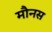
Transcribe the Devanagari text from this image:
मौनस